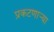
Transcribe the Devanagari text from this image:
प्रकटणाऱ्या